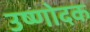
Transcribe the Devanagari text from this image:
उष्णोदक